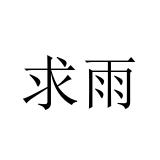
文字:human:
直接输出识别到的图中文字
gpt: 求雨